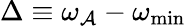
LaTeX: \Delta\equiv\omega_{\mathcal{A}}-\omega_{\mathrm{{{min}}}}